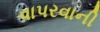
વાપરવાની